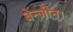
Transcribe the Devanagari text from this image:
बेन्जीन।